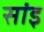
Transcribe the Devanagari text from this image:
सांइ